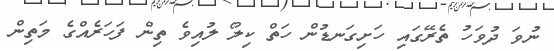
ނުވަ ދުވަހު ތެރޭގައި ހަށިގަނޑުން ހަތް ކިލޯ ލުއިވެ ތިން ފަހަރެއްގެ މަތިން